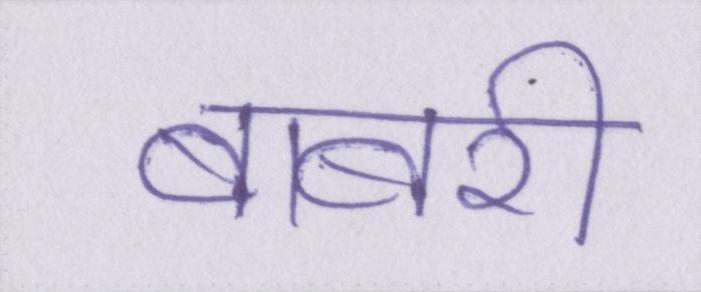
बाबरी